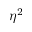
\eta ^ { 2 }